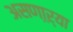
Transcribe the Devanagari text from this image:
असणा़ऱ्या